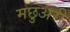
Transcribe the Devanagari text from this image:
मछुअरी